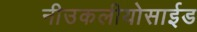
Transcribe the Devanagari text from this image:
नीउकलीयोसाईड